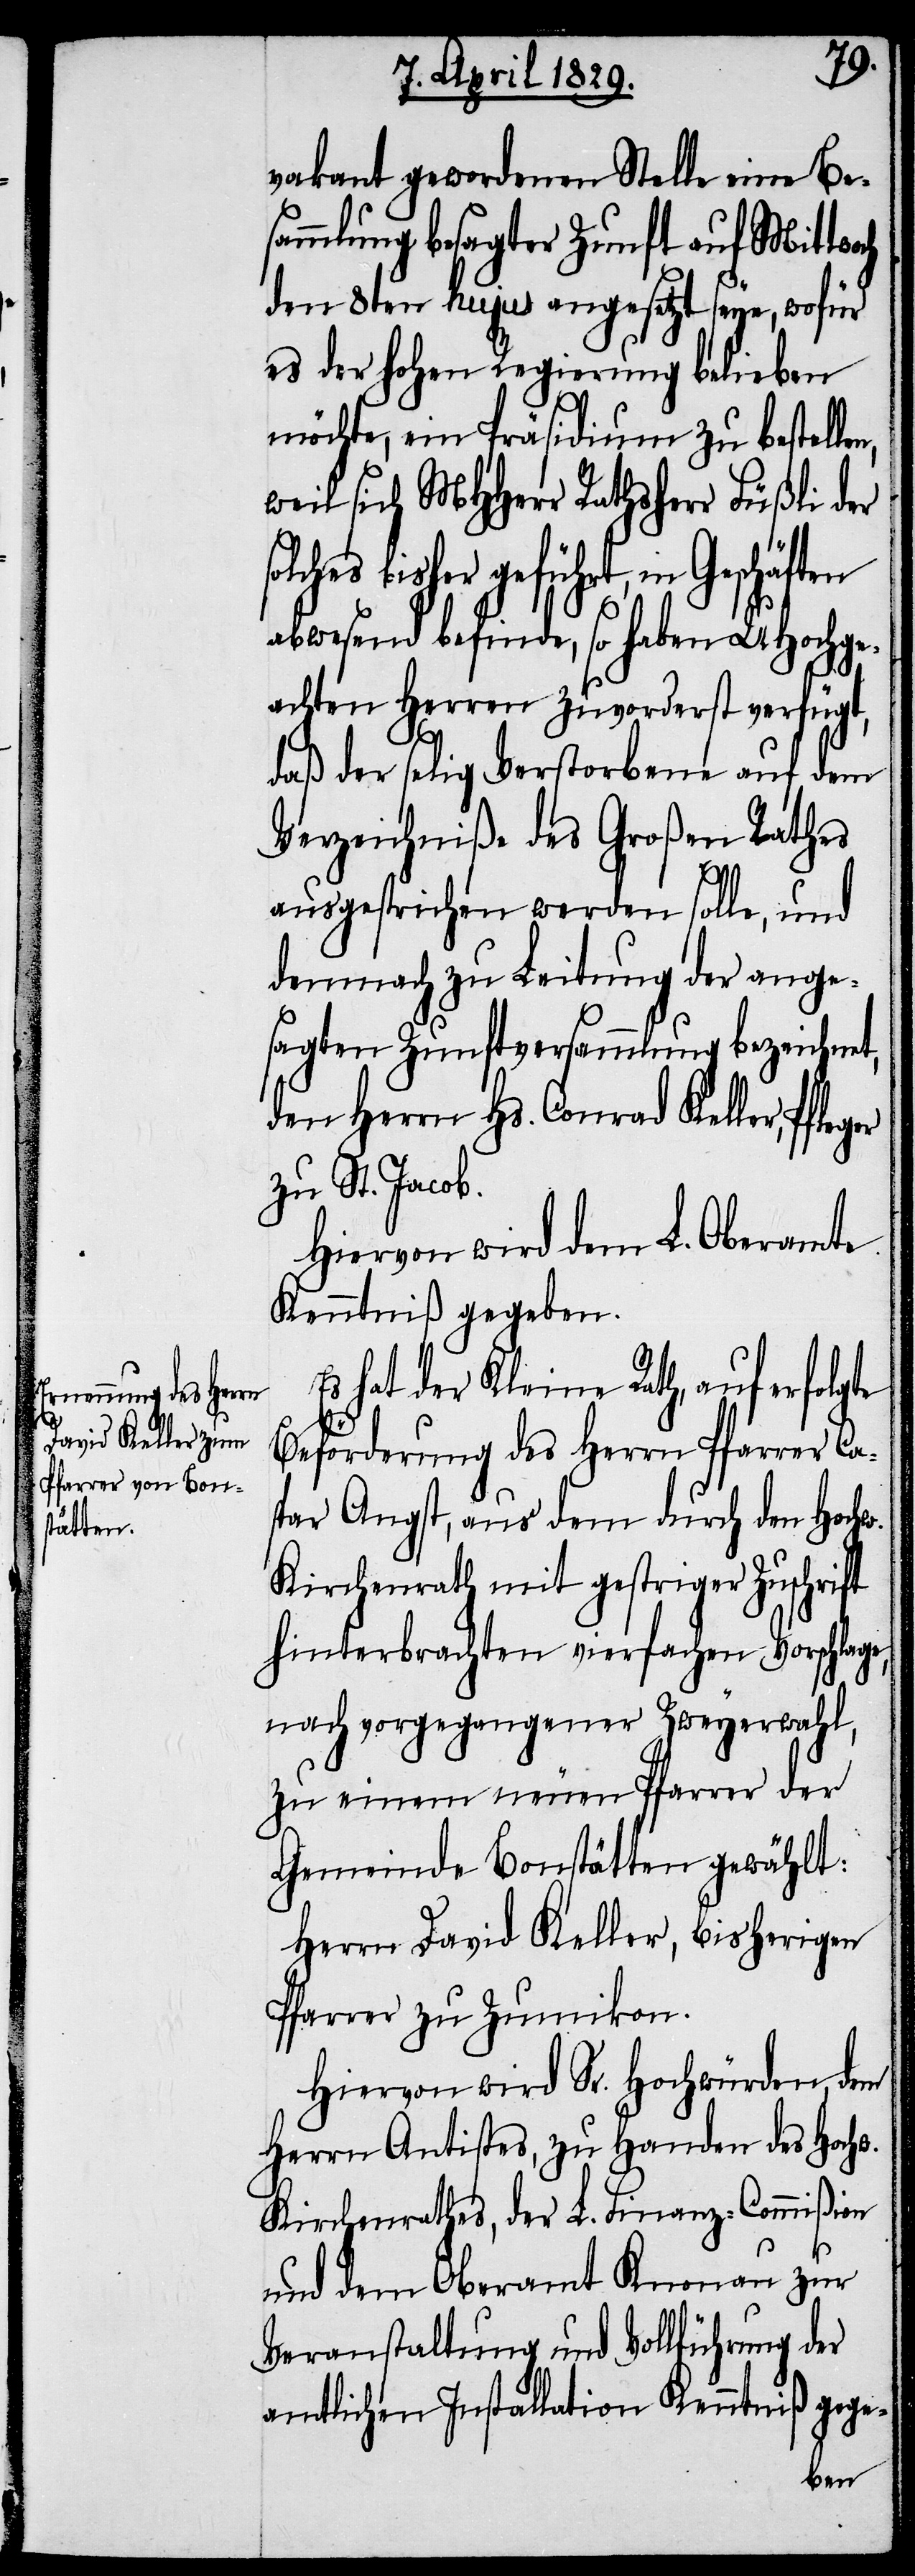
vakant gewordenen Stelle eine Be¬
sammlung besagter Zunft auf Mittwo¬
dem 8ten hujus angesetzt seye, wofür
es der hohen Regierung belieben
möchte, ein Präsidium zu bestelle¬
weil sich MHHerr Rathsherr Füßli der
bisher geführt, in Geschäften
abwesend befinde, so haben UHochge¬
achten Herren zuvorderst verfügt,
gte
daß der selig Verstorbene auf dem
Verzeichniße des Großen Rathes
ausgestrichen werden soll, und
demnach zu Leitung der ange¬
sagten Zunftversammlung bezeichnet,
den Herrn Hs. Conrad Keller,
zu St. Jacob.
Hiervon wird dem L. Oberamte
Kenntniß gegeben.
Es hat der Kleine Rath, auf erfol¬
Beförderung des Herrn Pfarrer Ca¬
spar Angst, aus dem durch den Hochw.
Kirchenrath mit gestriger Zuschrift
hinterbrachten vierfachen Vorschlage,
nach vorgegangener Zweyerwahl,
zu einem neuen Pfarrer der
Gemeinde Bonstätten gewählt:
Herrn David Keller, bisherigen
Pfarrer zu Zumikon.
Hiervon wird Sr. Hochwürden, dem
Herrn Antistes, zu Handen des Hochw.
Kirchenrathes, der L. Finanz-Commißion
und dem Oberamt Knonau zur
Veranstaltung und Vollführung der
amtlichen Installation Kenntniß gege-